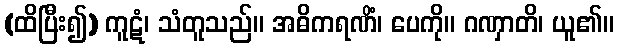
(ထိပြီး၍) ကူဋံ၊ သံတူသည်။ အဓိကရဏိံ၊ ပေကို။ ဂဏှာတိ၊ ယူ၏။